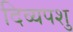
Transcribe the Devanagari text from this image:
दिव्यपशु